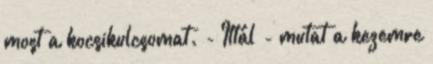
most a kocsikulcsomat. - Ittál - mutat a kezemre